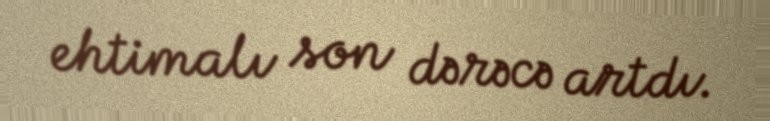
ehtimalı son dərəcə artdı.